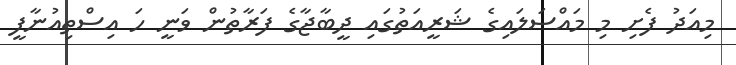
މިއަދު ފެށި މި މައްސަލައިގެ ޝަރީއަތުގައި ދީބާޖާގެ ފަރާތުން ވަނީ ހަ އިސްތިއުނާފީ